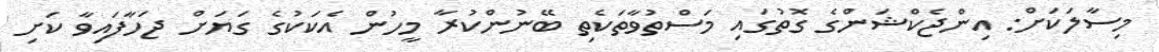
މިސާލަކަށް: އިންޖެކްޝަންގެ ގޮތުގައި މަސްތުވާތަކެތި ބޭނުންކުރާ މީހުން އެކަކުގެ ގަޔަށް ޖަހާފައިވާ ކަށި